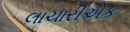
લાચારીએક